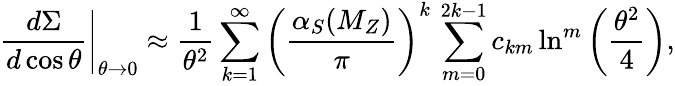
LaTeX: \left.\frac{d\Sigma}{d\cos\theta}\right|_{\theta\rightarrow 0}\approx\frac{1}{\theta^{2}}\sum_{k=1}^{\infty}\left(\frac{\alpha_{S}(M_{Z})}{\pi}\right)^{k}\, \sum_{m=0}^{2k-1}c_{km}\ln^{m}\left(\frac{\theta^{2}}{4}\right),